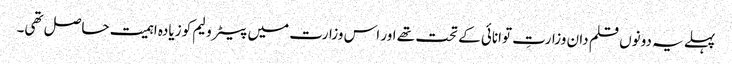
پہلے یہ دونوں قلم دان وزارتِ توانائی کے تحت تھے اور اس وزارت میں پیٹرولیم کو زیادہ اہمیت حاصل تھی۔